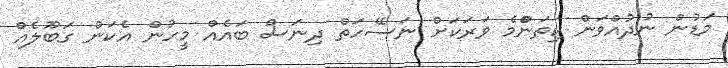
މަޑުން ނުދުއްވަން ކިތަންްމެ ވަރަކަށް ނަސޭހަތް ދިނަސް ބައެއް މީހުން އެކަން ގަބޫލެއް